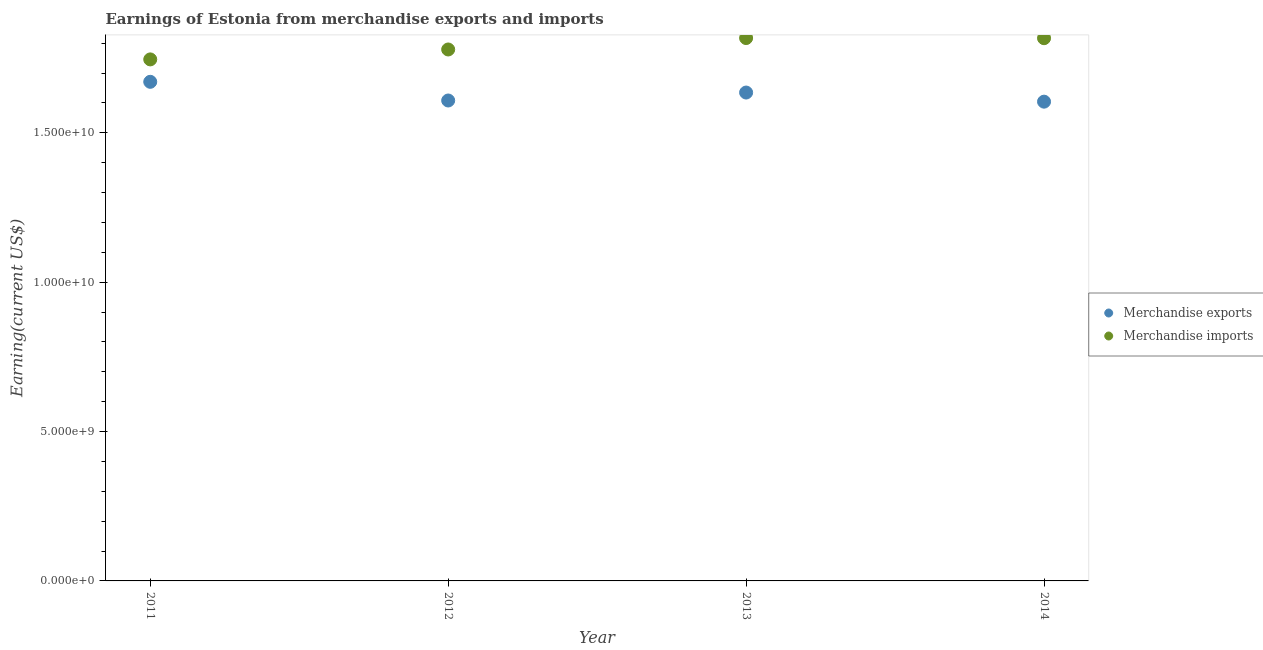
| Year | Merchandise exports | Merchandise imports |
 | --- | --- | --- |
 | 2011 | 1.67e+10 | 1.75e+10 |
 | 2012 | 1.61e+10 | 1.78e+10 |
 | 2013 | 1.63e+10 | 1.82e+10 |
 | 2014 | 1.6e+10 | 1.82e+10 |